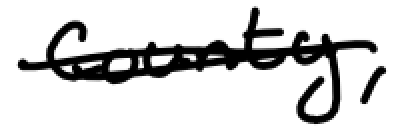
Text: county,
Cross-out: mix
Writing tool: digital_black